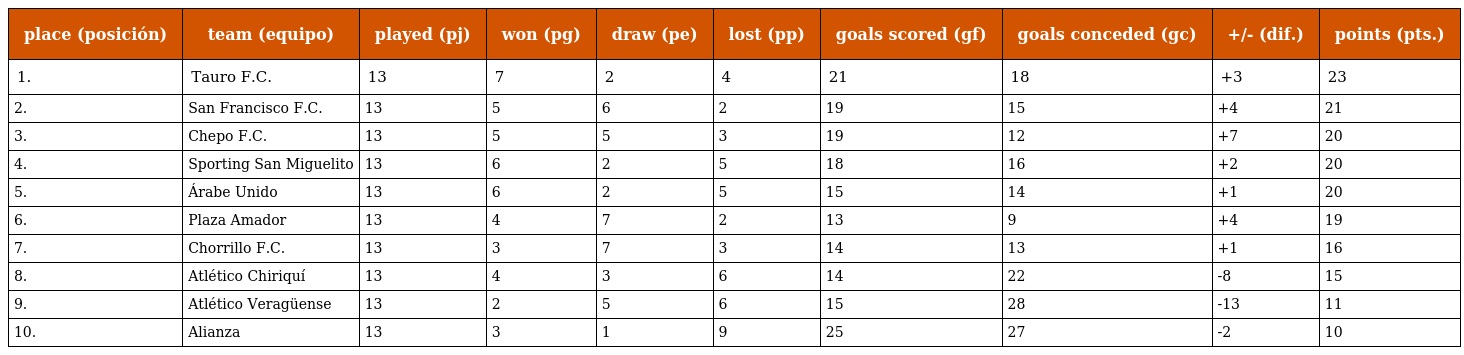
| place (posición) | team (equipo) | played (pj) | won (pg) | draw (pe) | lost (pp) | goals scored (gf) | goals conceded (gc) | +/- (dif.) | points (pts.) |
 | --- | --- | --- | --- | --- | --- | --- | --- | --- | --- |
 | 1. | Tauro F.C. | 13 | 7 | 2 | 4 | 21 | 18 | +3 | 23 |
 | 2. | San Francisco F.C. | 13 | 5 | 6 | 2 | 19 | 15 | +4 | 21 |
 | 3. | Chepo F.C. | 13 | 5 | 5 | 3 | 19 | 12 | +7 | 20 |
 | 4. | Sporting San Miguelito | 13 | 6 | 2 | 5 | 18 | 16 | +2 | 20 |
 | 5. | Árabe Unido | 13 | 6 | 2 | 5 | 15 | 14 | +1 | 20 |
 | 6. | Plaza Amador | 13 | 4 | 7 | 2 | 13 | 9 | +4 | 19 |
 | 7. | Chorrillo F.C. | 13 | 3 | 7 | 3 | 14 | 13 | +1 | 16 |
 | 8. | Atlético Chiriquí | 13 | 4 | 3 | 6 | 14 | 22 | -8 | 15 |
 | 9. | Atlético Veragüense | 13 | 2 | 5 | 6 | 15 | 28 | -13 | 11 |
 | 10. | Alianza | 13 | 3 | 1 | 9 | 25 | 27 | -2 | 10 |